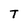
Character: T